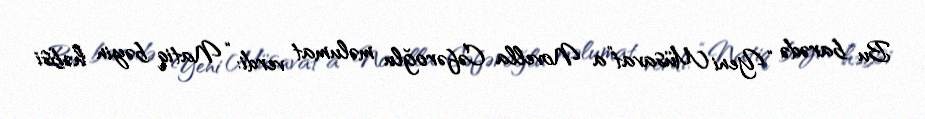
Bu barədə “Yeni Müsavat”a Novella Cəfəroğlu məlumat verdi: “Natiq bəyin həbsi